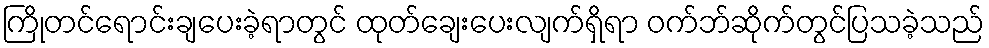
ကြိုတင်ရောင်းချပေးခဲ့ရာတွင် ထုတ်ချေးပေးလျက်ရှိရာ ဝက်ဘ်ဆိုက်တွင်ပြသခဲ့သည်